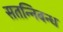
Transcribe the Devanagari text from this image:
सतन्निबन्ध